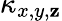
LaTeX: \kappa_{x,y,\mathbf{z}}